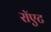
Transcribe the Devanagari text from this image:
रॉएट